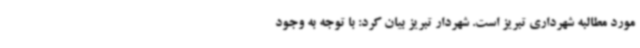
مورد مطالبه شهرداری تبریز است. شهردار تبریز بیان کرد: با توجه به وجود